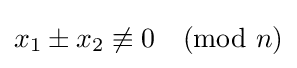
x_{1}\pm x_{2}\not \equiv 0{\pmod {n}}